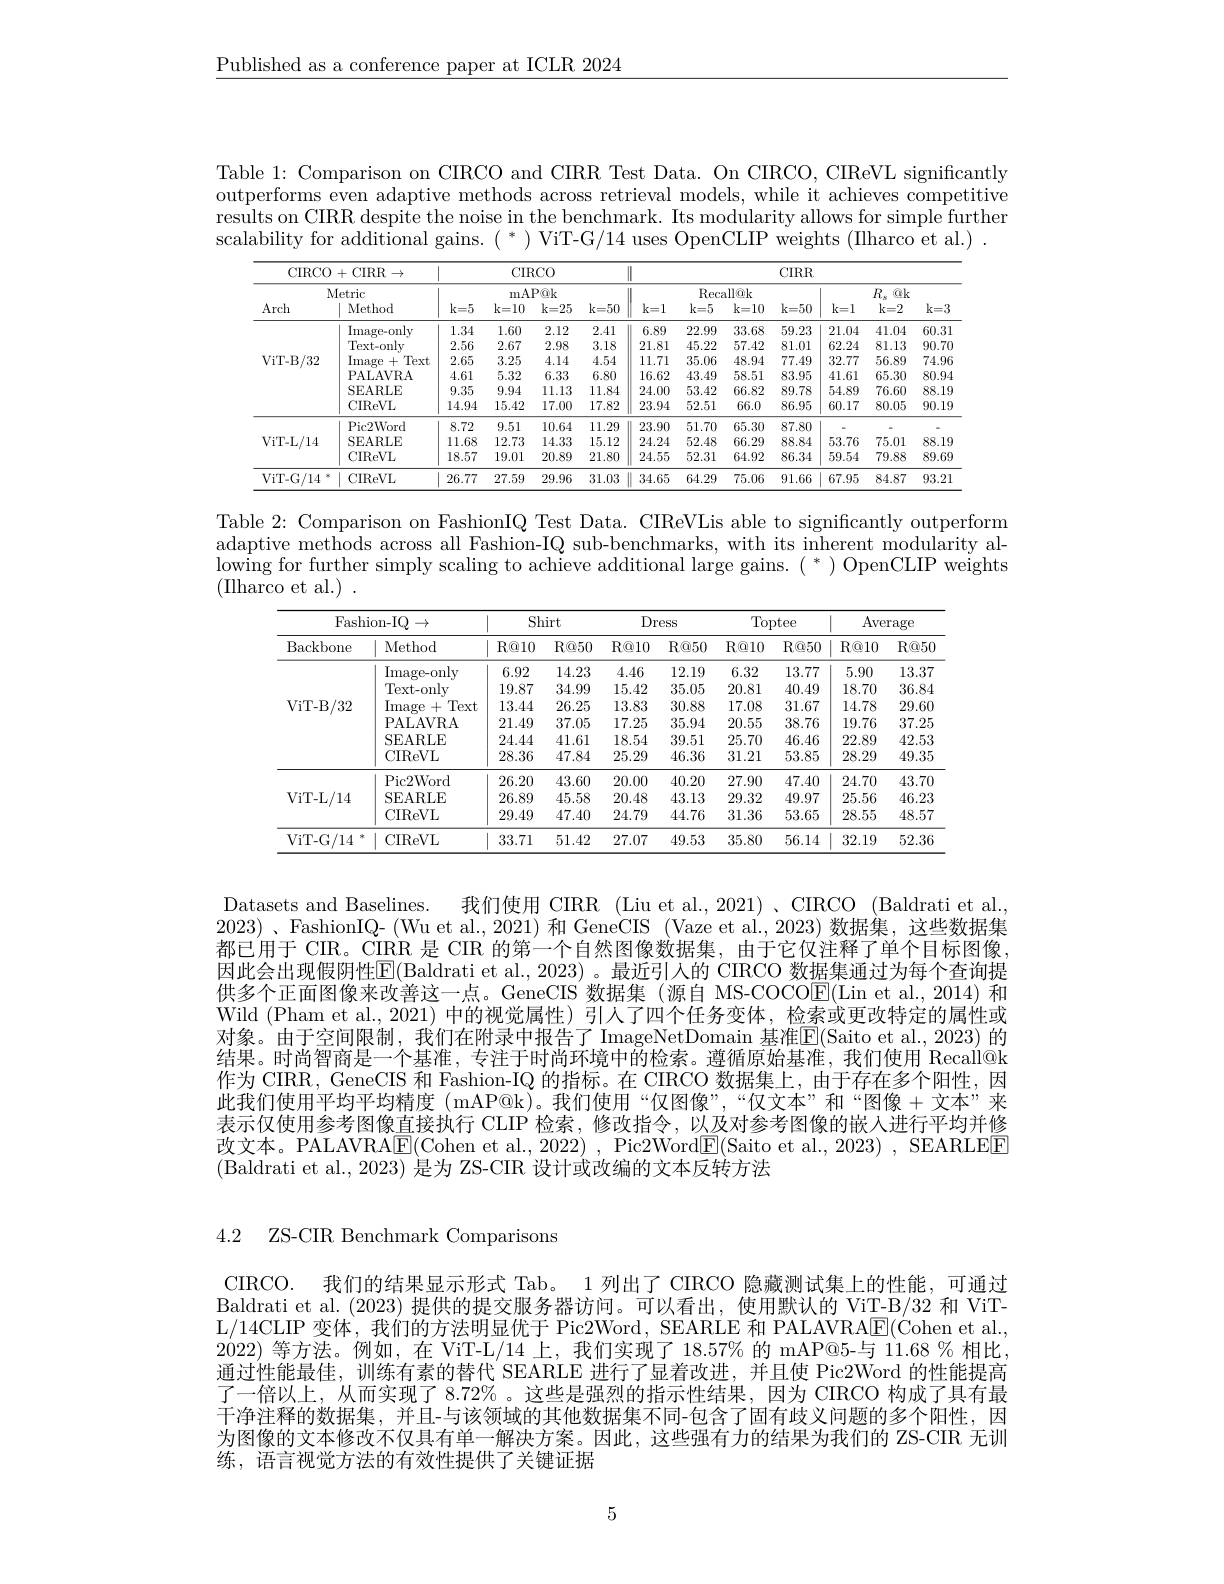
$\underline{\text{Published as a conference paper at ICLR 2024}}$

Table 1: Comparison on CIRCO and CIRR Test Data. On CIRCO, CIReVL significantly outperforms even adaptive methods across retrieval models, while it achieves competitive results on CIRR despite the noise in the benchmark. Its modularity allows for simple further scalability for additional gains. $(^*)$ ViT-G/14 uses OpenCLIP weights (IIharco et al.) .

<table>
	<tbody>
		<tr>
			<th colspan="4">CIRCO+CIRR$\rightarrow$ Metric</th>
			<th colspan="4">CIRCO</th>
			<th>11</th>
			<th colspan="6">CIRR</th>
		</tr>
		<tr>
			<th colspan="3">mAP@k</th>
			<th> </th>
			<th rowspan="2">1 k= 1</th>
			<th colspan="2">Recallâk</th>
			<th> </th>
			<th rowspan="2">$k=1$</th>
			<th rowspan="2">$R_{s}$ $@k$ $k=2$</th>
			<th rowspan="2">$k=3$</th>
		</tr>
		<tr>
			<th>Arch</th>
			<th>Method</th>
			<th>$k=5$</th>
			<th>$k=10$</th>
			<th>$k=25$</th>
			<th>$k=50$</th>
			<th>$k=5$</th>
			<th>k= 10</th>
			<th>$k=50$</th>
		</tr>
		<tr>
			<td rowspan="6">ViT- B/ 32</td>
			<td>Image- onlv</td>
			<td>1.34</td>
			<td>1.60</td>
			<td>2.12</td>
			<td>2.41</td>
			<td>6.89</td>
			<td>22.99</td>
			<td>33.68</td>
			<td>59.23</td>
			<td>21.04</td>
			<td>41.04</td>
			<td>60.31</td>
		</tr>
		<tr>
			<td>Text- only</td>
			<td>2.56</td>
			<td>2.67</td>
			<td>2.98</td>
			<td>3.18</td>
			<td>21.81</td>
			<td>45.22</td>
			<td>57.42</td>
			<td>81.01</td>
			<td>62.24</td>
			<td>81.13</td>
			<td>90.7(</td>
		</tr>
		<tr>
			<td>Image + Text</td>
			<td>2.65</td>
			<td>3.25</td>
			<td>4.14</td>
			<td>4.54</td>
			<td>11.71</td>
			<td>35.06</td>
			<td>48.94</td>
			<td>77.49</td>
			<td>32.77</td>
			<td>56.89</td>
			<td>74.96</td>
		</tr>
		<tr>
			<td>PALAVRA</td>
			<td>4.61</td>
			<td>5.32</td>
			<td>6.33</td>
			<td>6.80</td>
			<td>16.62</td>
			<td>43.49</td>
			<td>58.51</td>
			<td>83.95</td>
			<td>41.61</td>
			<td>65.30</td>
			<td>80.9</td>
		</tr>
		<tr>
			<td>SEARLE</td>
			<td>9.35</td>
			<td>9.94</td>
			<td>11.13</td>
			<td>11.84</td>
			<td>24.00</td>
			<td>53.42</td>
			<td>66.82</td>
			<td>89.78</td>
			<td>54.89</td>
			<td>76.60</td>
			<td>88.1!</td>
		</tr>
		<tr>
			<td>CIReVL</td>
			<td>14.94</td>
			<td>15.42</td>
			<td>17.00</td>
			<td>17.82</td>
			<td>23.94</td>
			<td>52.51</td>
			<td>66.0</td>
			<td>86.95</td>
			<td>60.17</td>
			<td>80.05</td>
			<td>90.1!</td>
		</tr>
		<tr>
			<td rowspan="3">ViT- L/ 14</td>
			<td>Pic2Word</td>
			<td>8.72</td>
			<td>9.51</td>
			<td>10.64</td>
			<td>11.29</td>
			<td>23.90</td>
			<td>51.70</td>
			<td>65.30</td>
			<td>87.80</td>
			<td> </td>
			<td> </td>
			<td> </td>
		</tr>
		<tr>
			<td>SEARLE</td>
			<td>11.68</td>
			<td>12.73</td>
			<td>14.33</td>
			<td>15.12</td>
			<td>24.24</td>
			<td>52.48</td>
			<td>66.29</td>
			<td>88.84</td>
			<td>53.76</td>
			<td>75.01</td>
			<td>$88.1\%$</td>
		</tr>
		<tr>
			<td>CIReVL</td>
			<td>18.57</td>
			<td>19.01</td>
			<td>20.89</td>
			<td>21.80</td>
			<td>24.55</td>
			<td>52.31</td>
			<td>64.92</td>
			<td>86.34</td>
			<td>59.54</td>
			<td>79.88</td>
			<td>89.65</td>
		</tr>
		<tr>
			<td>ViT- G/ 14</td>
			<td>CIReVL</td>
			<td>26.77</td>
			<td>27.59</td>
			<td>29.96</td>
			<td>31.03</td>
			<td>34.65</td>
			<td>64.29</td>
			<td>75.06</td>
			<td>91.66</td>
			<td>67.95</td>
			<td>84.87</td>
			<td>93.21</td>
		</tr>
	</tbody>
</table>

Table 2: Comparison on FashionIQ Test Data. CIReVLis able to significantly outperform adaptive methods across all Fashion-IQ sub-benchmarks, with its inherent modularity allowing for further simply scaling to achieve additional large gains. $(^*)$ OpenCLIP weights (IIharco et al.) .

<table>
	<tbody>
		<tr>
			<th colspan="2">Fashion- IQ $1\rightarrow$</th>
			<th colspan="2">Shirt</th>
			<th colspan="2">Dress</th>
			<th colspan="2">Toptee</th>
			<th colspan="2">Average</th>
		</tr>
		<tr>
			<th>Backbone</th>
			<th>Method</th>
			<th>$R@10$</th>
			<th>$R@50$</th>
			<th>$R@10$</th>
			<th>$R@50$</th>
			<th>$R@10$</th>
			<th>$R@50$</th>
			<th>$R@10$</th>
			<th>$R@5($</th>
		</tr>
		<tr>
			<td rowspan="6">VILD ViT- B/ 32</td>
			<td>Image- only</td>
			<td>6.92</td>
			<td>14.23</td>
			<td>4.46</td>
			<td>12.19</td>
			<td>6.32</td>
			<td>13.77</td>
			<td>5.90</td>
			<td>13.37</td>
		</tr>
		<tr>
			<td>Text-only</td>
			<td>19.87</td>
			<td>34.99</td>
			<td>15.42</td>
			<td>35.05</td>
			<td>20.81</td>
			<td>40.49</td>
			<td>18.70</td>
			<td>36.84</td>
		</tr>
		<tr>
			<td>Image + Text</td>
			<td>13.44</td>
			<td>26.25</td>
			<td>13.83</td>
			<td>30.88</td>
			<td>17.08</td>
			<td>31.67</td>
			<td>14.78</td>
			<td>29.60</td>
		</tr>
		<tr>
			<td>PALAVRA</td>
			<td>21.49</td>
			<td>37.05</td>
			<td>17.25</td>
			<td>35.94</td>
			<td>20.55</td>
			<td>38.76</td>
			<td>19.76</td>
			<td>37.25</td>
		</tr>
		<tr>
			<td>SEARLE</td>
			<td>24.44</td>
			<td>41.61</td>
			<td>18.54</td>
			<td>39.51</td>
			<td>25.70</td>
			<td>46.46</td>
			<td>22.89</td>
			<td>42.53</td>
		</tr>
		<tr>
			<td>CIReVL</td>
			<td>28.36</td>
			<td>47.84</td>
			<td>25.29</td>
			<td>46.36</td>
			<td>31.21</td>
			<td>53.85</td>
			<td>28.29</td>
			<td>49.35</td>
		</tr>
		<tr>
			<td rowspan="3">ViT- L/ 14</td>
			<td>Pic2Word</td>
			<td>26.20</td>
			<td>43.60</td>
			<td>20.00</td>
			<td>40.20</td>
			<td>27.90</td>
			<td>47.40</td>
			<td>24.70</td>
			<td>43.70</td>
		</tr>
		<tr>
			<td>SEARLE</td>
			<td>26.89</td>
			<td>45.58</td>
			<td>20.48</td>
			<td>43.13</td>
			<td>29.32</td>
			<td>49.97</td>
			<td>25.56</td>
			<td>46.23</td>
		</tr>
		<tr>
			<td>CIReVL</td>
			<td>29.49</td>
			<td>47.40</td>
			<td>24.79</td>
			<td>44.76</td>
			<td>31.36</td>
			<td>53.65</td>
			<td>28.55</td>
			<td>48.57</td>
		</tr>
		<tr>
			<td>ViT- G/ 14</td>
			<td>CIReVL</td>
			<td>33.71</td>
			<td>51.42</td>
			<td>27.07</td>
			<td>49.53</td>
			<td>35.80</td>
			<td>56.14</td>
			<td>32.19</td>
			<td>52.36</td>
		</tr>
	</tbody>
</table>

Datasets and Baselines.
我们使用 CIRR (Liu et al., 2021) 、CIRCO (Baldrati et al.
$2023)、$FashionIQ- (Wu et al., 2021) 和 GeneCIS (Vaze et al., 2023)数据集，这些数据集都已用于 CIR。$\dot{\mathrm{CIRR}}$是 CIR 的第一个自然图像数据集，由于它仅注释了单个目标图像， 因此会出现假阴性$\boxed{\mathrm{E}}($Baldrati et al., 2023) 。最近引人的 CIRCO 数据集通过为每个查询提供多个正面图像来改善这一点。GeneCIS 数据集(源自 MS-COCOE(Lin et al.,2014) 和Wild (Pham et al., 2021) 中的视觉属性)引人了四个任务变体，检索或更改特定的属性或对象。由于空间限制，我们在附录中报告了 ImageNetDomain 基准$\overline{\mathrm{E}}($Saito et al.,2023)的结果。时尚智商是一个基准，专注于时尚环境中的检索。遵循原始基准，我们使用 Recall@k 作为 CIRR, GeneCIS 和 Fashion-IQ 的指标。在 CIRCO 数据集上，由于存在多个阳性，因此我们使用平均平均精度 (mAP@k)。我们使用“仅图像”,“仅文本”和“图像+文本”来表示仅使用参考图像直接执行 CLIP 检索，修改指令，以及对参考图像的嵌人进行平均并修改文本。PALAVRAE(Cohen et al., 2022) , Pic2Word$\underline{\mathrm{E}}($Saito et al., 2023) , SEARLEE (Baldrati et al., 2023) 是为 ZS-CIR 设计或改编的文本反转方法

4.2 ZS-CIR Benchmark Comparisons

CIRCO. 我们的结果显示形式 Tab。1 列出了 CIRCO 隐藏测试集上的性能，可通过Baldrati et al. (2023)提供的提交服务器访问。可以看出，使用默认的 ViT-B/32 和 ViTL/14CLIP 变体，我们的方法明显优于 Pic2Word, SEARLE 和 PALAVRA$\underline{\mathrm{E}}($Cohen et al. $2\dot{0}$22)等方法。例如，在 ViT-L/14 上，我们实现了 18.57% 的 mAP@5-与 11.68 % 相比， 通过性能最佳，训练有素的替代 SEARLE 进行了显着改进，并且使 Pic2Word 的性能提高了一倍以上，从而实现了 8.72% 。这些是强烈的指示性结果，因为 CIRCO 构成了具有最干净注释的数据集，并且-与该领域的其他数据集不同-包含了固有歧义问题的多个阳性，因为图像的文本修改不仅具有单一解决方案。因此，这些强有力的结果为我们的 ZS-CIR 无训练，语言视觉方法的有效性提供了关键证据

5